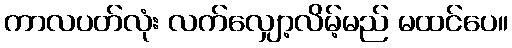
ကာလပတ်လုံး လက်လျှော့လိမ့်မည် မထင်ပေ။